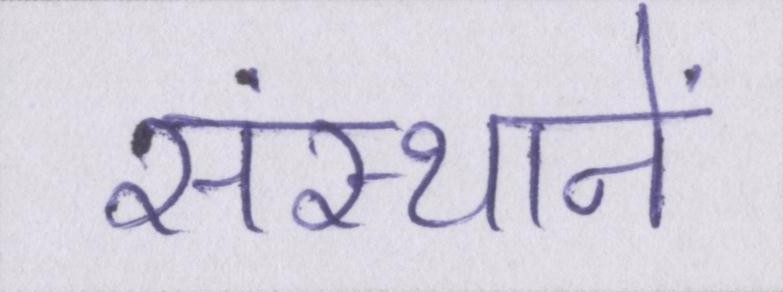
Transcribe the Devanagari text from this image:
संस्थानें